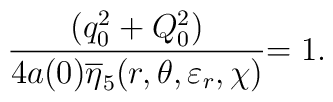
\frac{(q_{0}^{2}+Q_{0}^{2})}{4a(0)\overline{\eta }_{5}(r,\theta ,\varepsilon_{r},\chi )}{=1.}